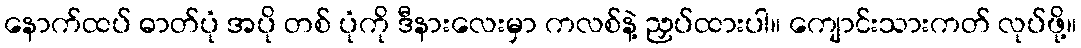
နောက်ထပ် ဓာတ်ပုံ အပို တစ် ပုံကို ဒီနားလေးမှာ ကလစ်နဲ့ ညှပ်ထားပါ။ ကျောင်းသားကတ် လုပ်ဖို့။